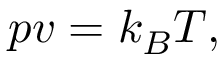
p v = k _ { B } T ,